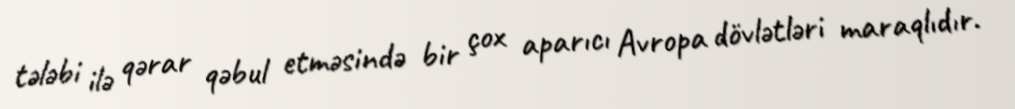
tələbi ilə qərar qəbul etməsində bir çox aparıcı Avropa dövlətləri maraqlıdır.